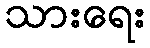
သားရေး